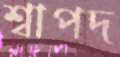
শ্বাপদ